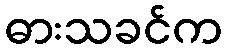
ဓားသခင်က